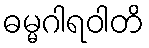
ဓမ္မဂါရဝါတိ